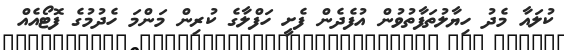
ކުލައާ މެދު ހިޔާލުތަފާތުވުން އުފެދެން ފެށީ ހަފްލާގެ ކުރިން މަންމަ ހެދުމުގެ ފޮޓޯއެއް